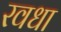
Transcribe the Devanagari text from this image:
रवधा